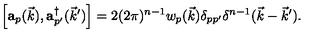
\Big [ { \bf a } _ { p } ( \vec { k } ) , { \bf a } _ { p ^ { \prime } } ^ { \dagger } ( { \vec { k } } ^ { \prime } ) \Big ] = 2 ( 2 \pi ) ^ { n - 1 } w _ { p } ( \vec { k } ) \delta _ { p p ^ { \prime } } \delta ^ { n - 1 } ( \vec { k } - { \vec { k } } ^ { \prime } ) .